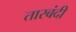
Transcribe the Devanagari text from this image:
तारबंदी